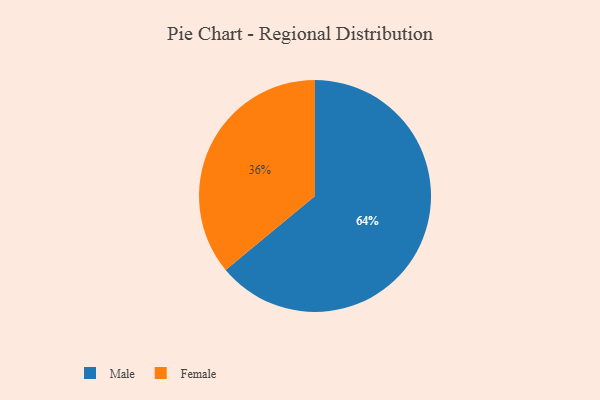
{"axis": {"x": "Category", "y": "Percentage"}, "legend": ["Female", "Male"], "data": [{"x": "Male", "y": 64, "type": "Male"}, {"x": "Female", "y": 36, "type": "Female"}]}